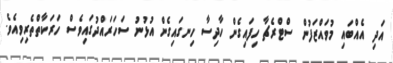
އަދި އެއްބައި މުވައްޒަފުން ސްޓްރެޗާ ހިފައިގެން ހާދިސާ ހިނގައިގެން އުޅުނު ސަހަރައްދުގައިވެސް ހަރަކާތްތެރިވިއެވެ.